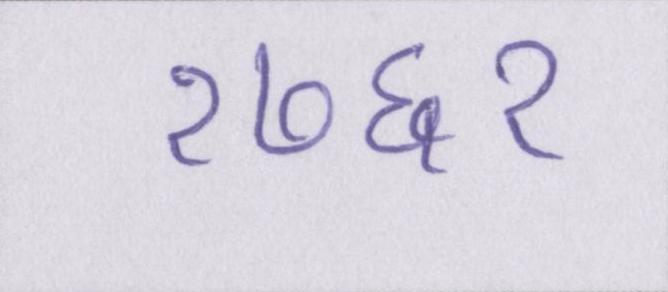
१७६१